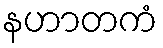
နဟာတကံ